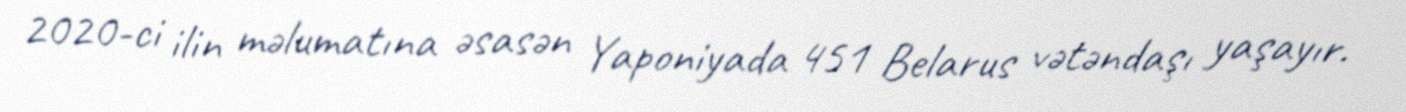
2020-ci ilin məlumatına əsasən Yaponiyada 451 Belarus vətəndaşı yaşayır.